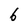
Character: 6